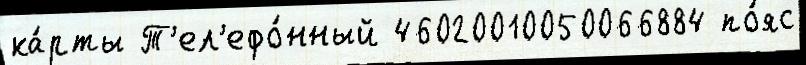
ка́рты Т'ел'ефо́нный 46020010050066884 по́яс